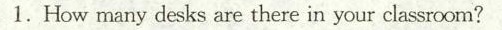
1.How many desks are there in your classroom?